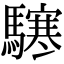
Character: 𩦊